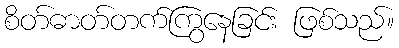
စိတ်ဓာတ်တက်ကြွနေခြင်း ဖြစ်သည်။